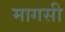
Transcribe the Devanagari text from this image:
मागसी